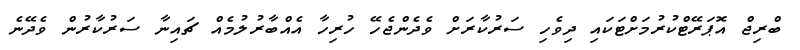
ބްރިޖް އޮޕަރޭޓްކުރުމަށްޓަކައި ދިވެހި ސަރުކާރަށް ވެދެންޖެހޭ ހުރިހާ އެއްބާރުލުމެއް ޗައިނާ ސަރުކާރުން ވެދޭނެ